Scottish Leaving Certificate Examination, 1958
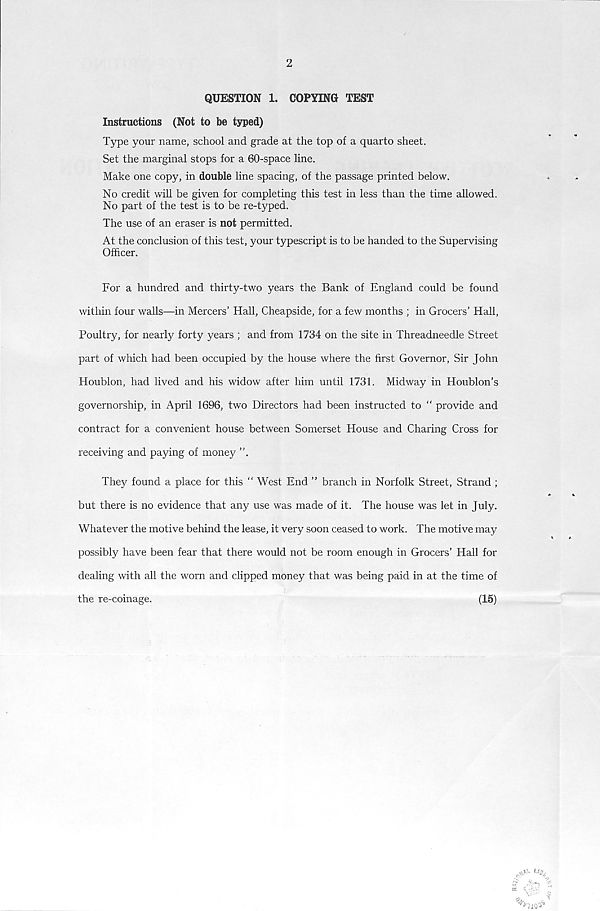
2
QUESTION 1. COPYING TEST
Instructions (Not to be typed)
Type your name, school and grade at the top of a quarto sheet.
Set the marginal stops for a 60-space line.
Make one copy, in double line spacing, of the passage printed below.
No credit will be given for completing this test in less than the time allowed.
No part of the test is to be re-typed.
The use of an eraser is not permitted.
At the conclusion of this test, your typescript is to be handed to the Supervising
Officer.
For a hundred and thirty-two years the Bank of England could be found
within four walls—in Mercers’ Hall, Cheapside, for a few months ; in Grocers’ Hall,
Poultry, for nearly forty years ; and from 1734 on the site in Threadneedle Street
part of which had been occupied by the house where the first Governor, Sir John
Houblon, had lived and his widow after him until 1731. Midway in Houblon’s
governorship, in April 1696, two Directors had been instructed to “ provide and
contract for a convenient house between Somerset House and Charing Cross for
receiving and paying of money ”.
They found a place for this “ West End ” branch in Norfolk Street, Strand ;
but there is no evidence that any use was made of it. The house was let in July.
Whatever the motive behind the lease, it very soon ceased to work. The motive may
possibly have been fear that there would not be room enough in Grocers’ Hall for
dealing with all the worn and clipped money that was being paid in at the time of
the re-coinage.
(15)